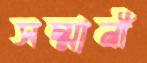
সম্মানী